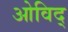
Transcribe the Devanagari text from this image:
ओविद्